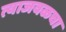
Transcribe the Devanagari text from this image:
त्याजवळचा